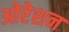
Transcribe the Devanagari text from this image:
ओरेशन